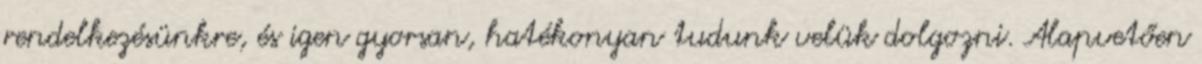
rendelkezésünkre, és igen gyorsan, hatékonyan tudunk velük dolgozni. Alapvetően